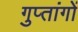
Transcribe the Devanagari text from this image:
गुप्‍तांगों